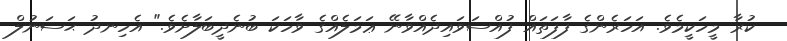
ކުރާ މީހަކީމެވެ. އަހަރެންގެ ފާފަތައް ފުއްސަވައިދެއްވާނޭ ޢަމަލެއްގެ ވާހަކަ ބުނެދީބަލާށެވެ." އެހިނދު ޙަސަނުލް